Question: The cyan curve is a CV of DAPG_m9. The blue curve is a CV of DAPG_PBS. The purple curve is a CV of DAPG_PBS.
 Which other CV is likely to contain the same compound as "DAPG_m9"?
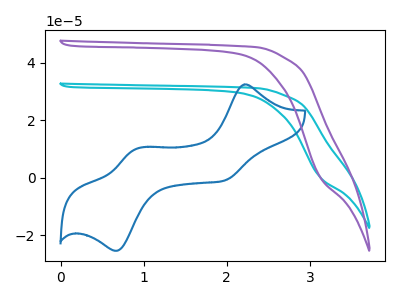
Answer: <think>The cyan curve "DAPG_m9" has no peaks. The blue curve "DAPG_PBS" has anodic peaks at (2.20V, 32.50uA) (0.90V, 9.95uA) and cathodic peaks at (1.95V, -0.95uA) (0.70V, -25.40uA). The purple curve "DAPG_PBS" has no peaks.
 "DAPG_m9" and "DAPG_PBS" have a different number of peaks. Neither "DAPG_m9" or "DAPG_PBS" have any peaks. "DAPG_PBS" and "DAPG_PBS" have a different number of peaks.</think>
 <answer>The CV with the most similar shape to "DAPG_PBS" is "DAPG_m9".</answer>
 <eval>"DAPG_m9"</eval>